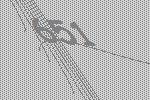
651